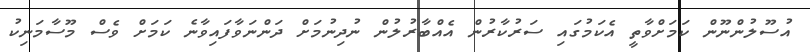
އުސޫލުންނޫން ކަމަށްވާތީ އެކަމުގައި ސަރުކާރުން އެއްބާރުލުން ނުދިނުމަށް ދަންނަވާފައިވާނެ ކަމަށް ވެސް މޫސާމަނިކު